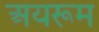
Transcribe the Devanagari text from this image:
अयरूम